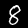
Label: 8